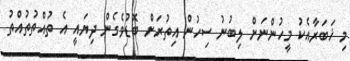
މި ޚަބަރާއެކު މީހުންނަށް ލިބުނު ސިހުން އިތުރަށް ބޮޑުވެގެން ދިޔައީ އެ ތުއްތުތުއްތު